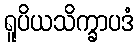
ရူပိယသိက္ခာပဒံ